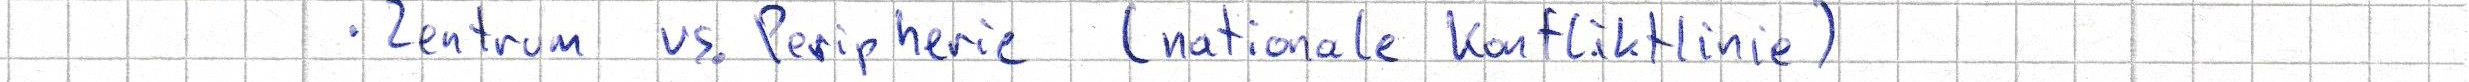
- Zentrum vs. Peripherie (nationale Konfliktlinie)